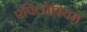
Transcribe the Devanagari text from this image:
एपिलोबियम